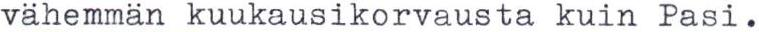
vähemmän kuukausikorvausta kuin Pasi.